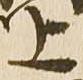
上